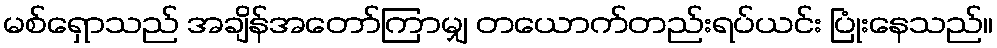
မစ်ရှောသည် အချိန်အတော်ကြာမျှ တယောက်တည်းရပ်ယင်း ပြုံးနေသည်။